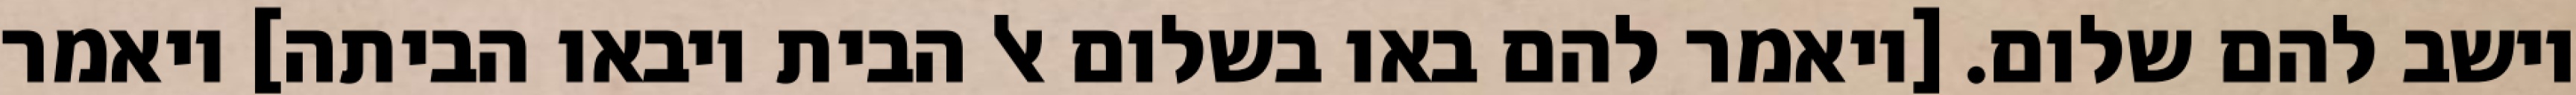
וישב להם שלום. [ויאמר להם באו בשלום אל הבית ויבאו הביתה] ויאמר